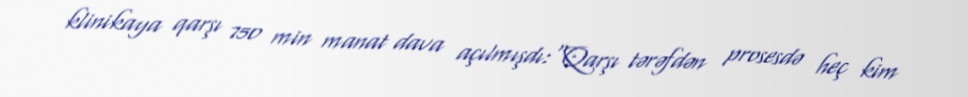
klinikaya qarşı 750 min manat dava açılmışdı:“Qarşı tərəfdən prosesdə heç kim